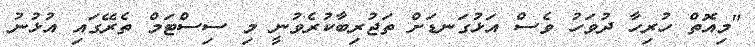
"މިއޮތް ހުރިހާ ދުވަހު ވެސް އަޅުގަނޑަށް ތަޖުރިބާކުރެވުނީ މި ސިސްޓަމް ތެރޭގައި އުޅުނު